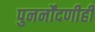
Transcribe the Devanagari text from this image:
पुनर्नोंदणीही